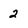
Character: 2